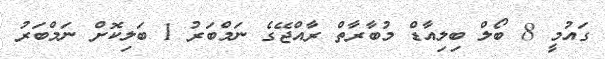
ގައުމީ 8 ބޯލް ބިލިއާޑް މުބާރާތް ރާއްޖޭގެ ނަމްބަރު 1 ބަލިކޮށް ނަމްބަރު